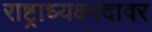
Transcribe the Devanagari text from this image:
राष्ट्राध्यक्ष्पदावर